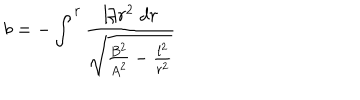
b = - \int ^ { r } \frac { l / r ^ { 2 } \; d r } { \sqrt { \frac { B ^ { 2 } } { A ^ { 2 } } - \frac { l ^ { 2 } } { r ^ { 2 } } } }